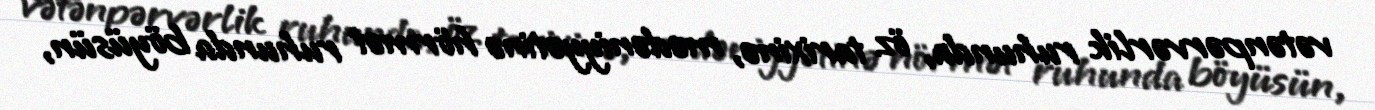
vətənpərvərlik ruhunda, öz tarixinə, mədəniyyətinə hörmət ruhunda böyüsün,